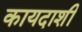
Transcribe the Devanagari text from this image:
कायदाशी